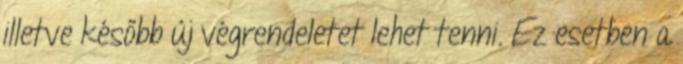
illetve később új végrendeletet lehet tenni. Ez esetben a